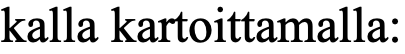
kalla kartoittamalla: